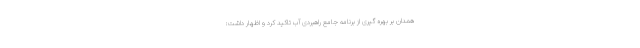
همدان بر بهره گیری از برنامه جامع راهبردی آب تاکید کرد و اظهار داشت: